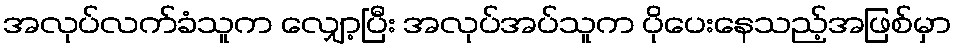
အလုပ်လက်ခံသူက လျှော့ပြီး အလုပ်အပ်သူက ပိုပေးနေသည့်အဖြစ်မှာ